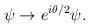
LaTeX: \begin{align*}\psi \rightarrow e^{i \theta/2} \psi.\end{align*}